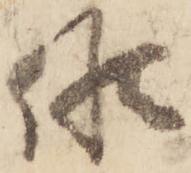
候